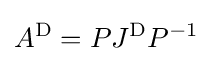
A^{\text{D}}=PJ^{\text{D}}P^{-1}